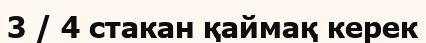
3 / 4 стакан қаймақ керек